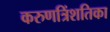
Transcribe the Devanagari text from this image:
करुणत्रिंशतिका